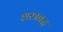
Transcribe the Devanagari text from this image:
शस्त्रबद्ध